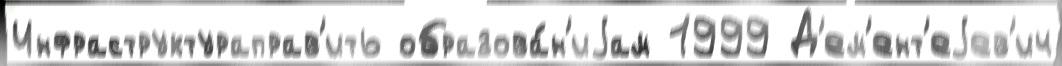
Инфраструктураправ'ить образова́н'иjам 1999 Д'ем'ент'еjев'ич